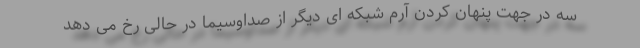
سه در جهت پنهان کردن آرم شبکه ای دیگر از صداوسیما در حالی رخ می دهد